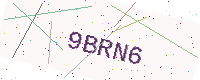
Text: 9BRN6